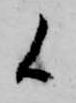
候